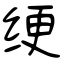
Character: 绠